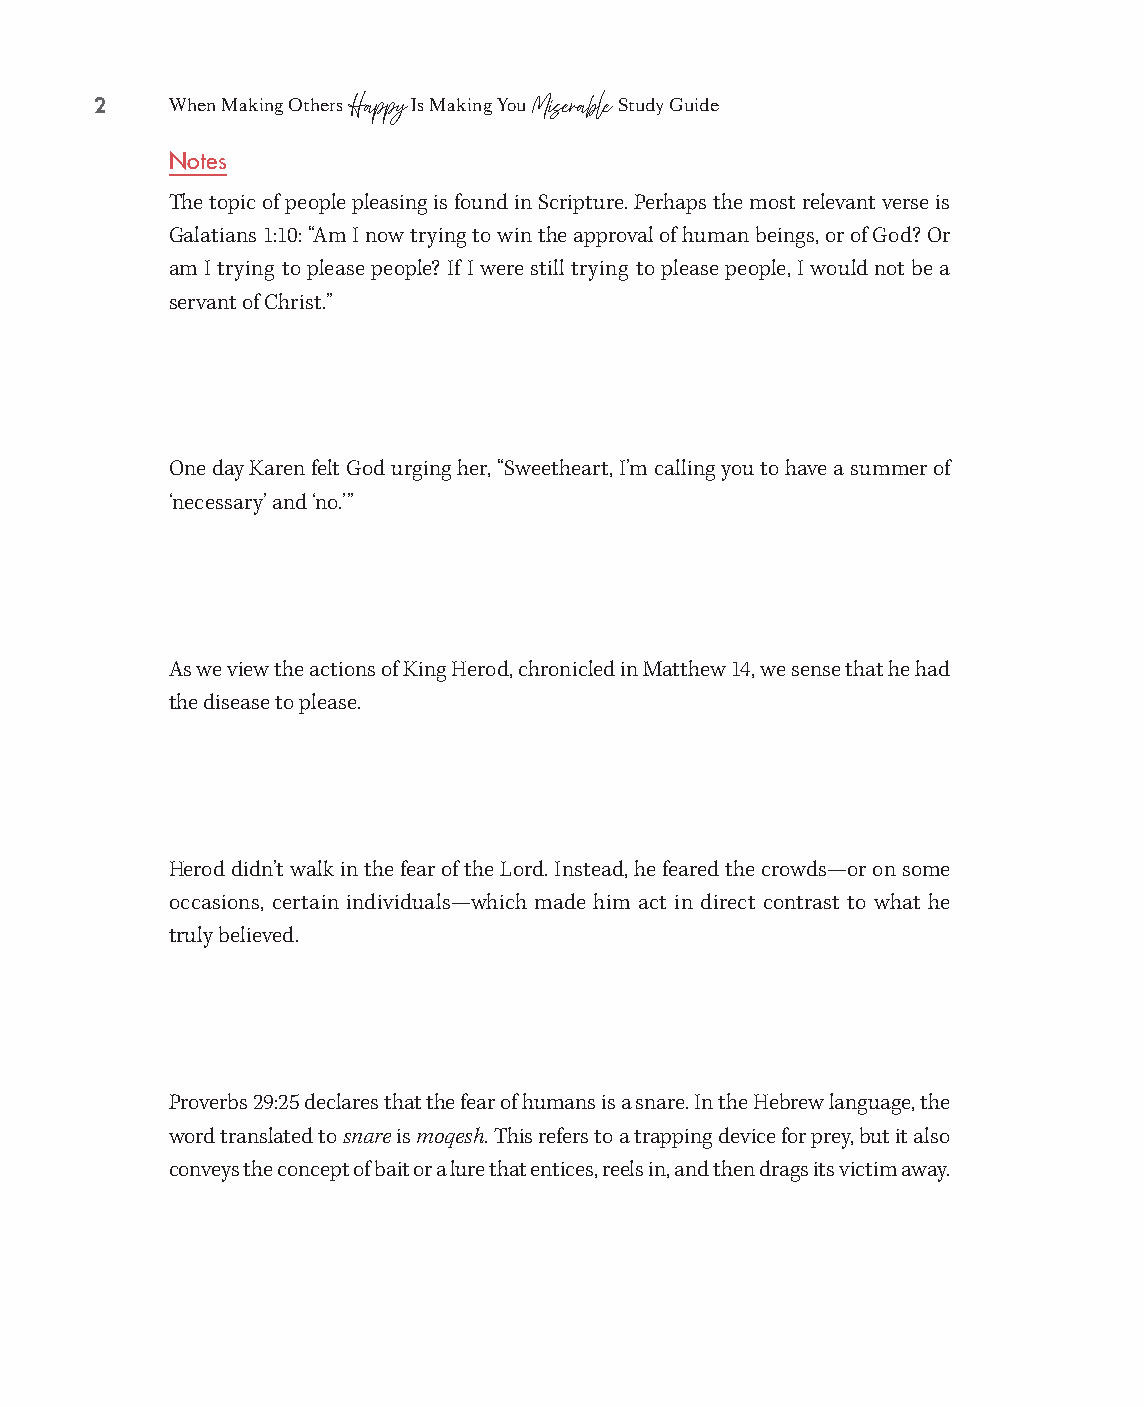
2    When Making Others Is Making You Study Guide
 Happy       Miserable
 Notes
 The topic of people pleasing is found in Scripture. Perhaps the most relevant verse is
 Galatians 1:10: “Am I now trying to win the approval of human beings, or of God? Or
 am I trying to please people? If I were still trying to please people, I would not be a
 servant of Christ.”
 One day Karen felt God urging her, “Sweetheart, I’m calling you to have a summer of
 ‘necessary’ and ‘no.’ ”
 As we view the actions of King Herod, chronicled in Matthew 14, we sense that he had
 the disease to please.
 Herod didn’t walk in the fear of the Lord. Instead, he feared the crowds— or on some
 occasions, certain individuals— which made him act in direct contrast to what he
 truly believed.
 Proverbs 29:25 declares that the fear of humans is a snare. In the Hebrew language, the
 word translated to snare is moqesh. This refers to a trapping device for prey, but it also
 conveys the concept of bait or a lure that entices, reels in, and then drags its victim away.
 99778800331100008822776677__MMaakkiinnggOOtthheerrssHHaappppyySSGG__iinntt__SSCC..iinndddd 22 1100//1122//2211 11::1177 PPMM